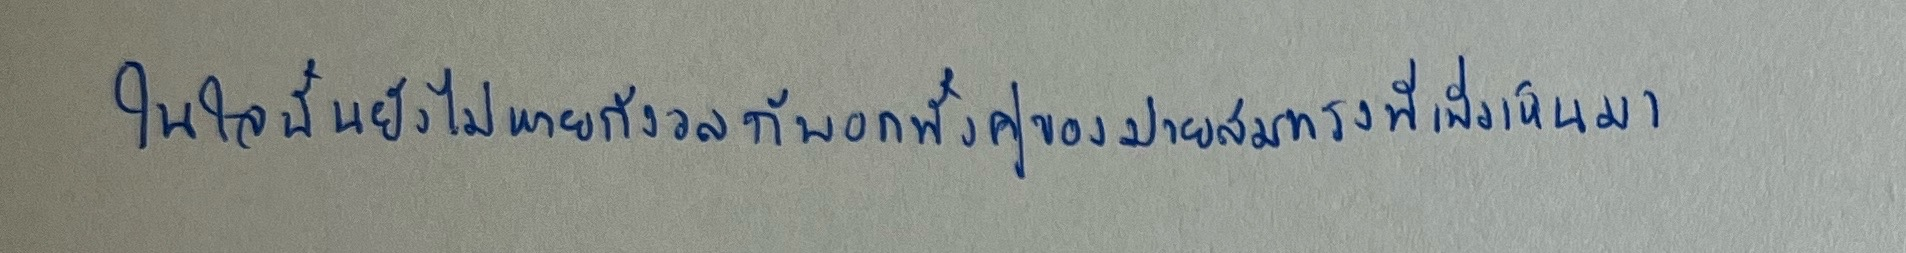
ในใจนั้นยังไม่หายกังวลกับอกทั้งคู่ของม่ายสมทรงที่เพิ่งเห็นมา